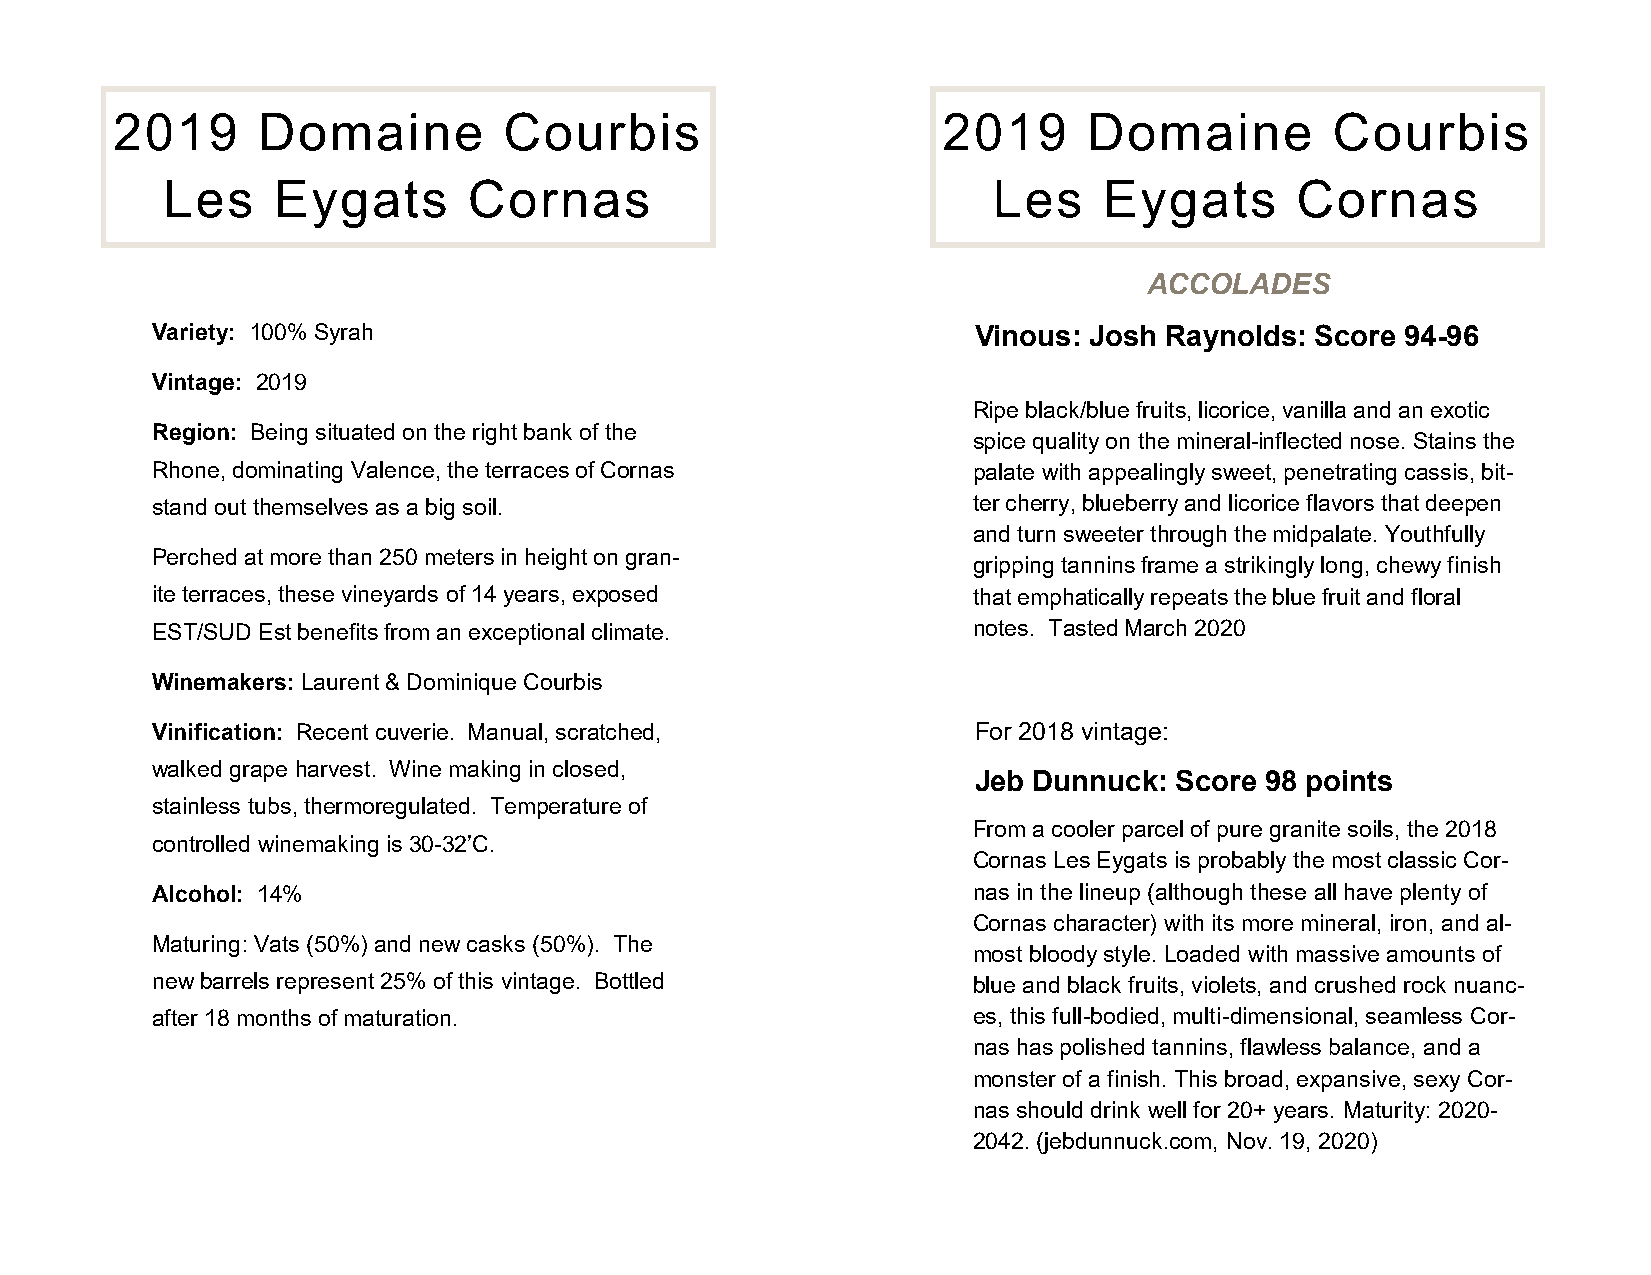
2019      Domaine         Courbis                      2019      Domaine         Courbis
 Les    Eygats       Cornas                             Les    Eygats       Cornas
 ACCOLADES
 Variety: 100% Syrah                                   Vinous: Josh Raynolds: Score 94-96
 Vintage: 2019
 Ripe black/blue fruits, licorice, vanilla and an exotic
 Region: Being situated on the right bank of the
 spice quality on the mineral-inflected nose. Stains the
 Rhone, dominating Valence, the terraces of Cornas     palate with appealingly sweet, penetrating cassis, bit-
 stand out themselves as a big soil.                   ter cherry, blueberry and licorice flavors that deepen
 and turn sweeter through the midpalate. Youthfully
 Perched at more than 250 meters in height on gran-
 gripping tannins frame a strikingly long, chewy finish
 ite terraces, these vineyards of 14 years, exposed    that emphatically repeats the blue fruit and floral
 EST/SUD Est benefits from an exceptional climate.     notes. Tasted March 2020
 Winemakers: Laurent & Dominique Courbis
 Vinification: Recent cuverie. Manual, scratched,      For 2018 vintage:
 walked grape harvest. Wine making in closed,
 Jeb Dunnuck:  Score 98 points
 stainless tubs, thermoregulated. Temperature of
 From a cooler parcel of pure granite soils, the 2018
 controlled winemaking is 30-32’C.
 Cornas Les Eygats is probably the most classic Cor-
 Alcohol: 14%                                          nas in the lineup (although these all have plenty of
 Cornas character) with its more mineral, iron, and al-
 Maturing: Vats (50%) and new casks (50%). The
 most bloody style. Loaded with massive amounts of
 new barrels represent 25% of this vintage. Bottled    blue and black fruits, violets, and crushed rock nuanc-
 after 18 months of maturation.                        es, this full-bodied, multi-dimensional, seamless Cor-
 nas has polished tannins, flawless balance, and a
 monster of a finish. This broad, expansive, sexy Cor-
 nas should drink well for 20+ years. Maturity: 2020-
 2042. (jebdunnuck.com, Nov. 19, 2020)